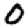
Digit: 0